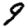
Digit: 9